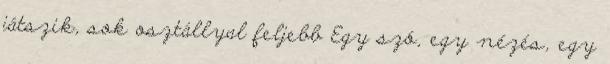
játszik, sok osztállyal feljebb Egy szó, egy nézés, egy